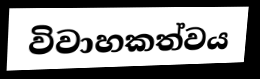
විවාහකත්වය